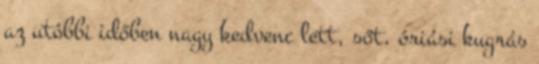
az utóbbi időben nagy kedvenc lett, sőt, óriási kugrás